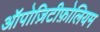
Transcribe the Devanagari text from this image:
ऑपोज़िटीफ़ोलियम